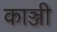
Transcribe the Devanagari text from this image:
काञ्जी